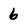
Character: 6